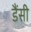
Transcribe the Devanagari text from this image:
डैंसी